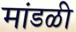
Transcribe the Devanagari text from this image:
मांडळी